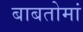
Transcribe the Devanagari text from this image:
बाबतोमां